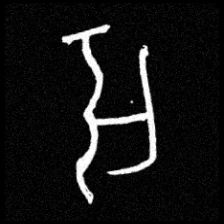
Pyu character \u2014 Myanmar letter: အ (romanized: a)